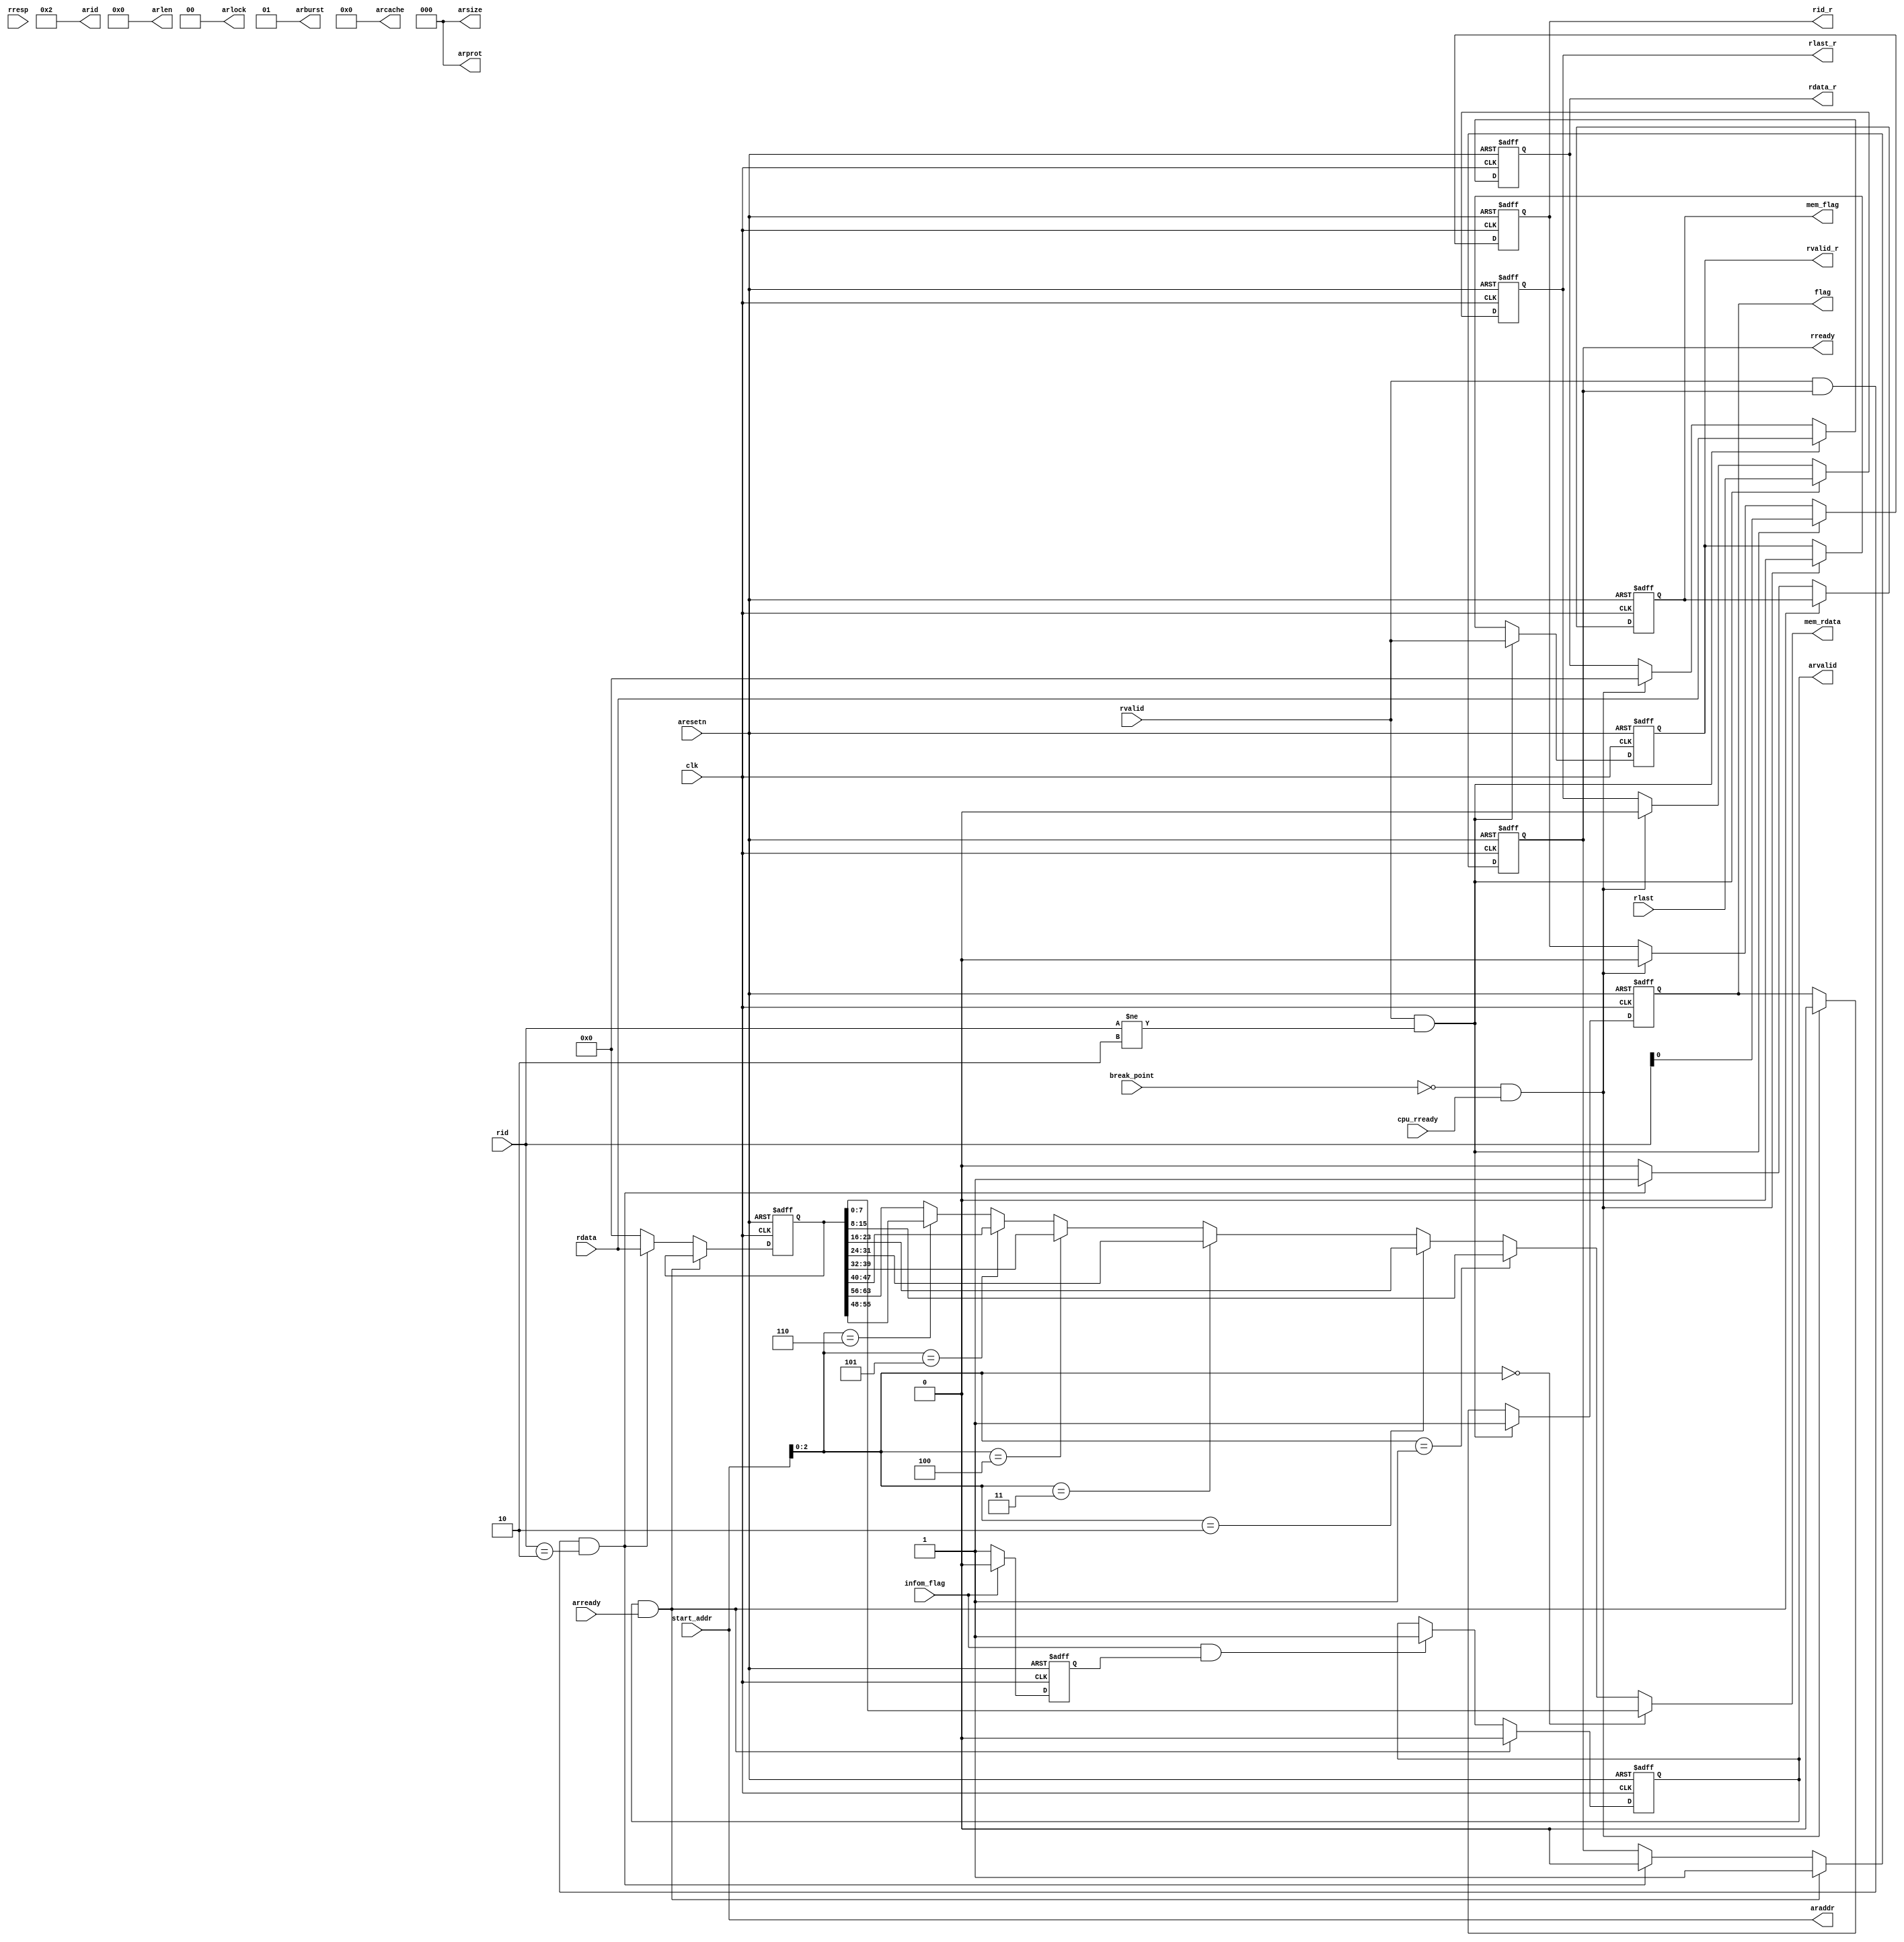
module debug_sram(
    input         clk,
    input         aresetn,

     //read req
    output  [3:0]   arid,
    output  [31:0]  araddr,
    output  [7:0]   arlen,  //0
    output  [2:0]   arsize,
    output  [1:0]   arburst,//2b'01
    output  [1:0]   arlock, //0
    output  [3:0]   arcache,//0
    output  [2:0]   arprot, //0
    output  reg     arvalid,
    input           arready,
    
    //read ack
    input   [3:0]    rid,
    input   [63:0]   rdata,
    input   [1:0]    rresp,
    input            rlast,
    input            rvalid,
    output  reg      rready,

    //cpu
    input            break_point,
    input            cpu_rready,
    output  reg      rvalid_r,
    output  reg      rid_r,
    output  reg[63:0]rdata_r,
    output  reg      rlast_r,
    output  reg      flag,        

    //uart slave
    input           infom_flag,
    input   [31:0]  start_addr,
    output          mem_flag,
    output  [ 7:0]  mem_rdata 
    
    );
assign arid       =4'd2;
assign araddr     =start_addr;
assign arlen      =1'b0;
assign arsize     =3'd0;
assign arburst    =2'b01;
assign arlock     = 1'b0;
assign arcache    = 1'b0;
assign arprot     = 1'b0;


reg       mem_flag_r;
reg[63:0] mem_rdata_r;
reg       delay;

always@(posedge clk or negedge aresetn)begin
  if(!aresetn)
    delay<=1'b1;
  else if(infom_flag)
    delay<=1'b0;
  else 
    delay<=1'b1;
end

always@(posedge clk or negedge aresetn)begin
    if(!aresetn)
      arvalid<=1'b0;
    else if(arvalid && arready)
      arvalid<=1'b0;
    else if(infom_flag && delay)
      arvalid<=1'b1;
end

always@(posedge clk or negedge aresetn)begin
    if(!aresetn)begin
      rready     <=1'b0;
      mem_flag_r <=1'b0;
      mem_rdata_r<=64'd0;
    end
    else if(arvalid && arready)
      rready<=1'b1;
    else if(rvalid && rready && rid==4'd2)begin
      rready     <=1'b0;
      mem_flag_r <=1'b1;
      mem_rdata_r<=rdata[63:0];
    end
    else begin 
      mem_flag_r <=1'b0;
      mem_rdata_r<=64'd0;
    end
end


always@(posedge clk or negedge aresetn)begin
  if(!aresetn)begin
    rvalid_r<=1'b0;
    rid_r   <=1'b0;
    rdata_r <=64'd0;
    rlast_r <=1'b0;
    flag    <=1'b0;
  end
  else if(rvalid && rid!=4'd2)begin
    rvalid_r<=rvalid;
    rid_r   <=rid;
    rdata_r <=rdata;
    rlast_r <=rlast;
    flag    <=1'b1;
    end
  else if(!break_point && cpu_rready)begin
    rvalid_r<=1'b0;
    rid_r   <=1'b0;
    rdata_r <=64'd0;
    rlast_r <=1'b0;
    flag    <=1'b0;
  end
end

assign mem_rdata=(start_addr[2:0]==3'b000)? mem_rdata_r[ 7:0] :
                 (start_addr[2:0]==3'b001)? mem_rdata_r[15:8] :
                 (start_addr[2:0]==3'b010)? mem_rdata_r[23:16]:
                 (start_addr[2:0]==3'b011)? mem_rdata_r[31:24]:
                 (start_addr[2:0]==3'b100)? mem_rdata_r[39:32]:
                 (start_addr[2:0]==3'b101)? mem_rdata_r[47:40]:
                 (start_addr[2:0]==3'b110)? mem_rdata_r[55:48]:
                                            mem_rdata_r[63:56];
assign mem_flag=mem_flag_r;

endmodule